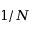
1 / N